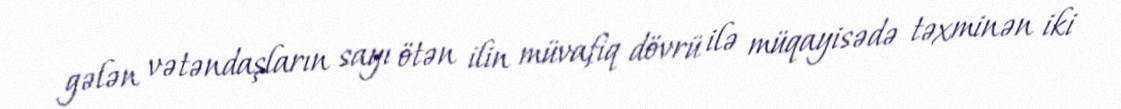
gələn vətəndaşların sayı ötən ilin müvafiq dövrü ilə müqayisədə təxminən iki